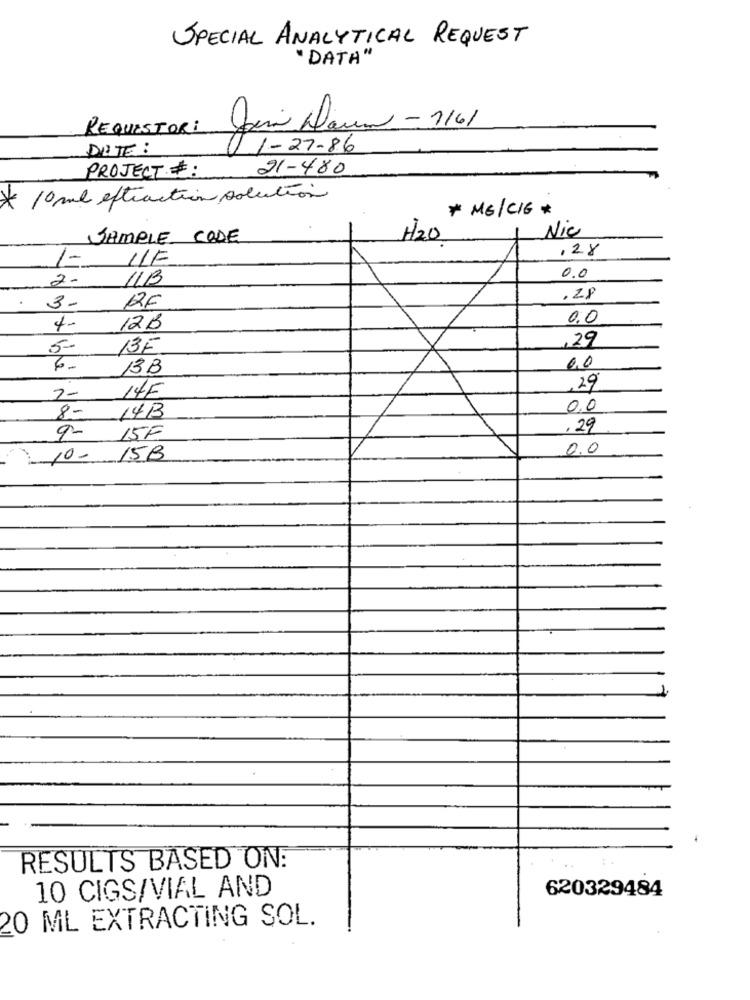
SPECIAL ANALYTICAL REQUEST
"DATA"
REQUESTORi
Jena Dann - 1161
DATE:
0 1-27-86
21-480
PROJECT #:
* 10 ml extraction polution
* ME/CIG *
Nic
SAMPLE CODE
H2O
,28
1- 11F
0.0
2- 11B
3-
12F
0,0
4-
12B
,29
5-
13E
13B
0.0
,29
2-
14F
0,0
8- 14B
,29
9-
15F
0.0
10 - 15B
RESULTS BASED ON:
10 CIGS/VIAL AND
620329484
20 ML EXTRACTING SOL.